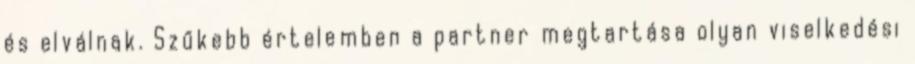
és elválnak. Szűkebb értelemben a partner megtartása olyan viselkedési